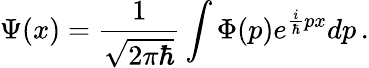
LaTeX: \Psi(x)={\frac{1}{\sqrt{2\pi\hbar}}}\int\Phi(p)e^{{\frac{i}{\hbar}}px}dp\, .